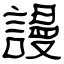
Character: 謾